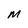
Character: M